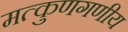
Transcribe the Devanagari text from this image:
मत्कुणगणीय